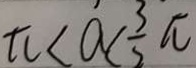
\pi < a < \frac { 3 } { 2 } \pi